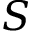
S